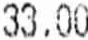
33.00